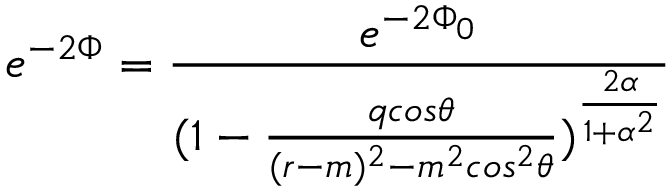
e ^ { - 2 \Phi } = { \frac { e ^ { - 2 \Phi _ { 0 } } } { ( 1 - { \frac { q c o s \theta } { ( r - m ) ^ { 2 } - m ^ { 2 } c o s ^ { 2 } \theta } } ) ^ { \frac { 2 \alpha } { 1 + \alpha ^ { 2 } } } } }